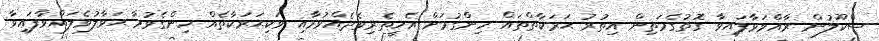
ސްކޫލުން ރާއްވަވާފައިވާ ގޮތުގެމަތިން އިތުރު ޙަރަކާތްތައް ހިންގުމަށް އެހީތެރިވެދެއްވުމާއި ވަކިޙަރަކާތެއް ހިންގެވުމާ ޙަވާލުވެލައްވާފައިވާ